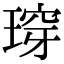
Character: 瑏